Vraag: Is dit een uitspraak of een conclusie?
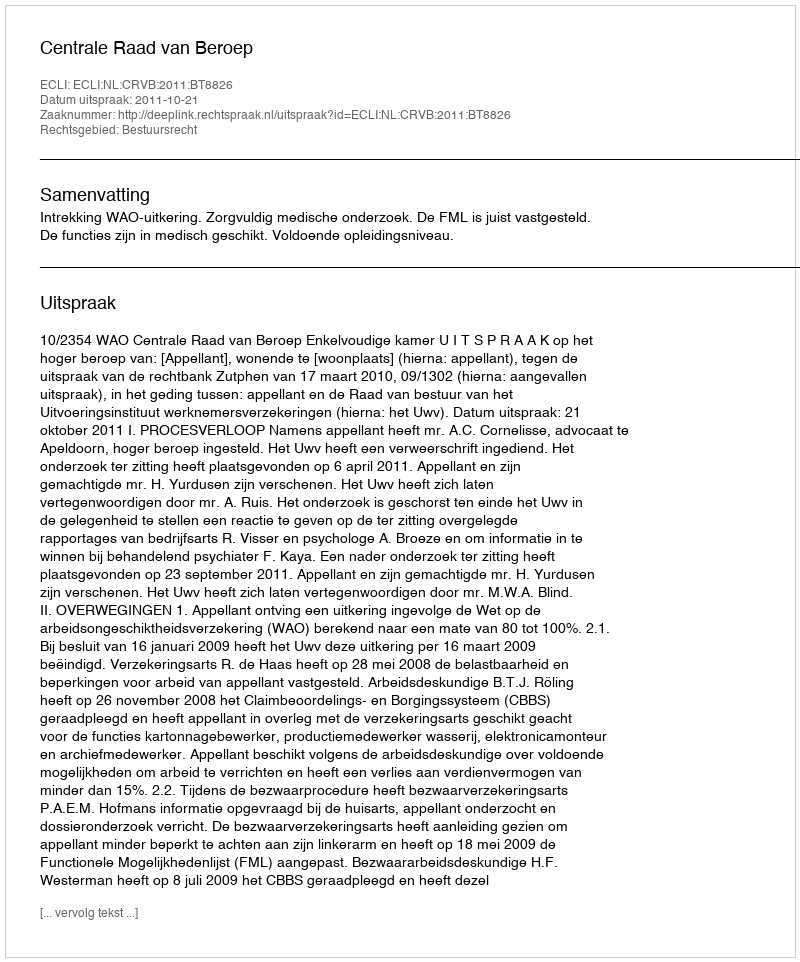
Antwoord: Uitspraak